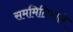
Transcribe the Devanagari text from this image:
सममितिवाले